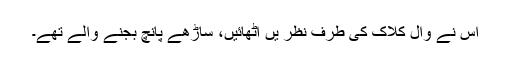
اس نے وال کلاک کی طرف نظر یں اٹھائیں، ساڑھے پانچ بجنے والے تھے۔